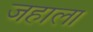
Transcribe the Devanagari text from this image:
जहाला